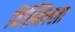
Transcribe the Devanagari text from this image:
विस्मिल्ला